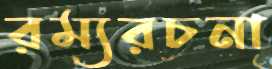
রম্যরচনা